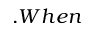
. W h e n